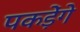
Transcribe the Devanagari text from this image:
पकड़ेंगे